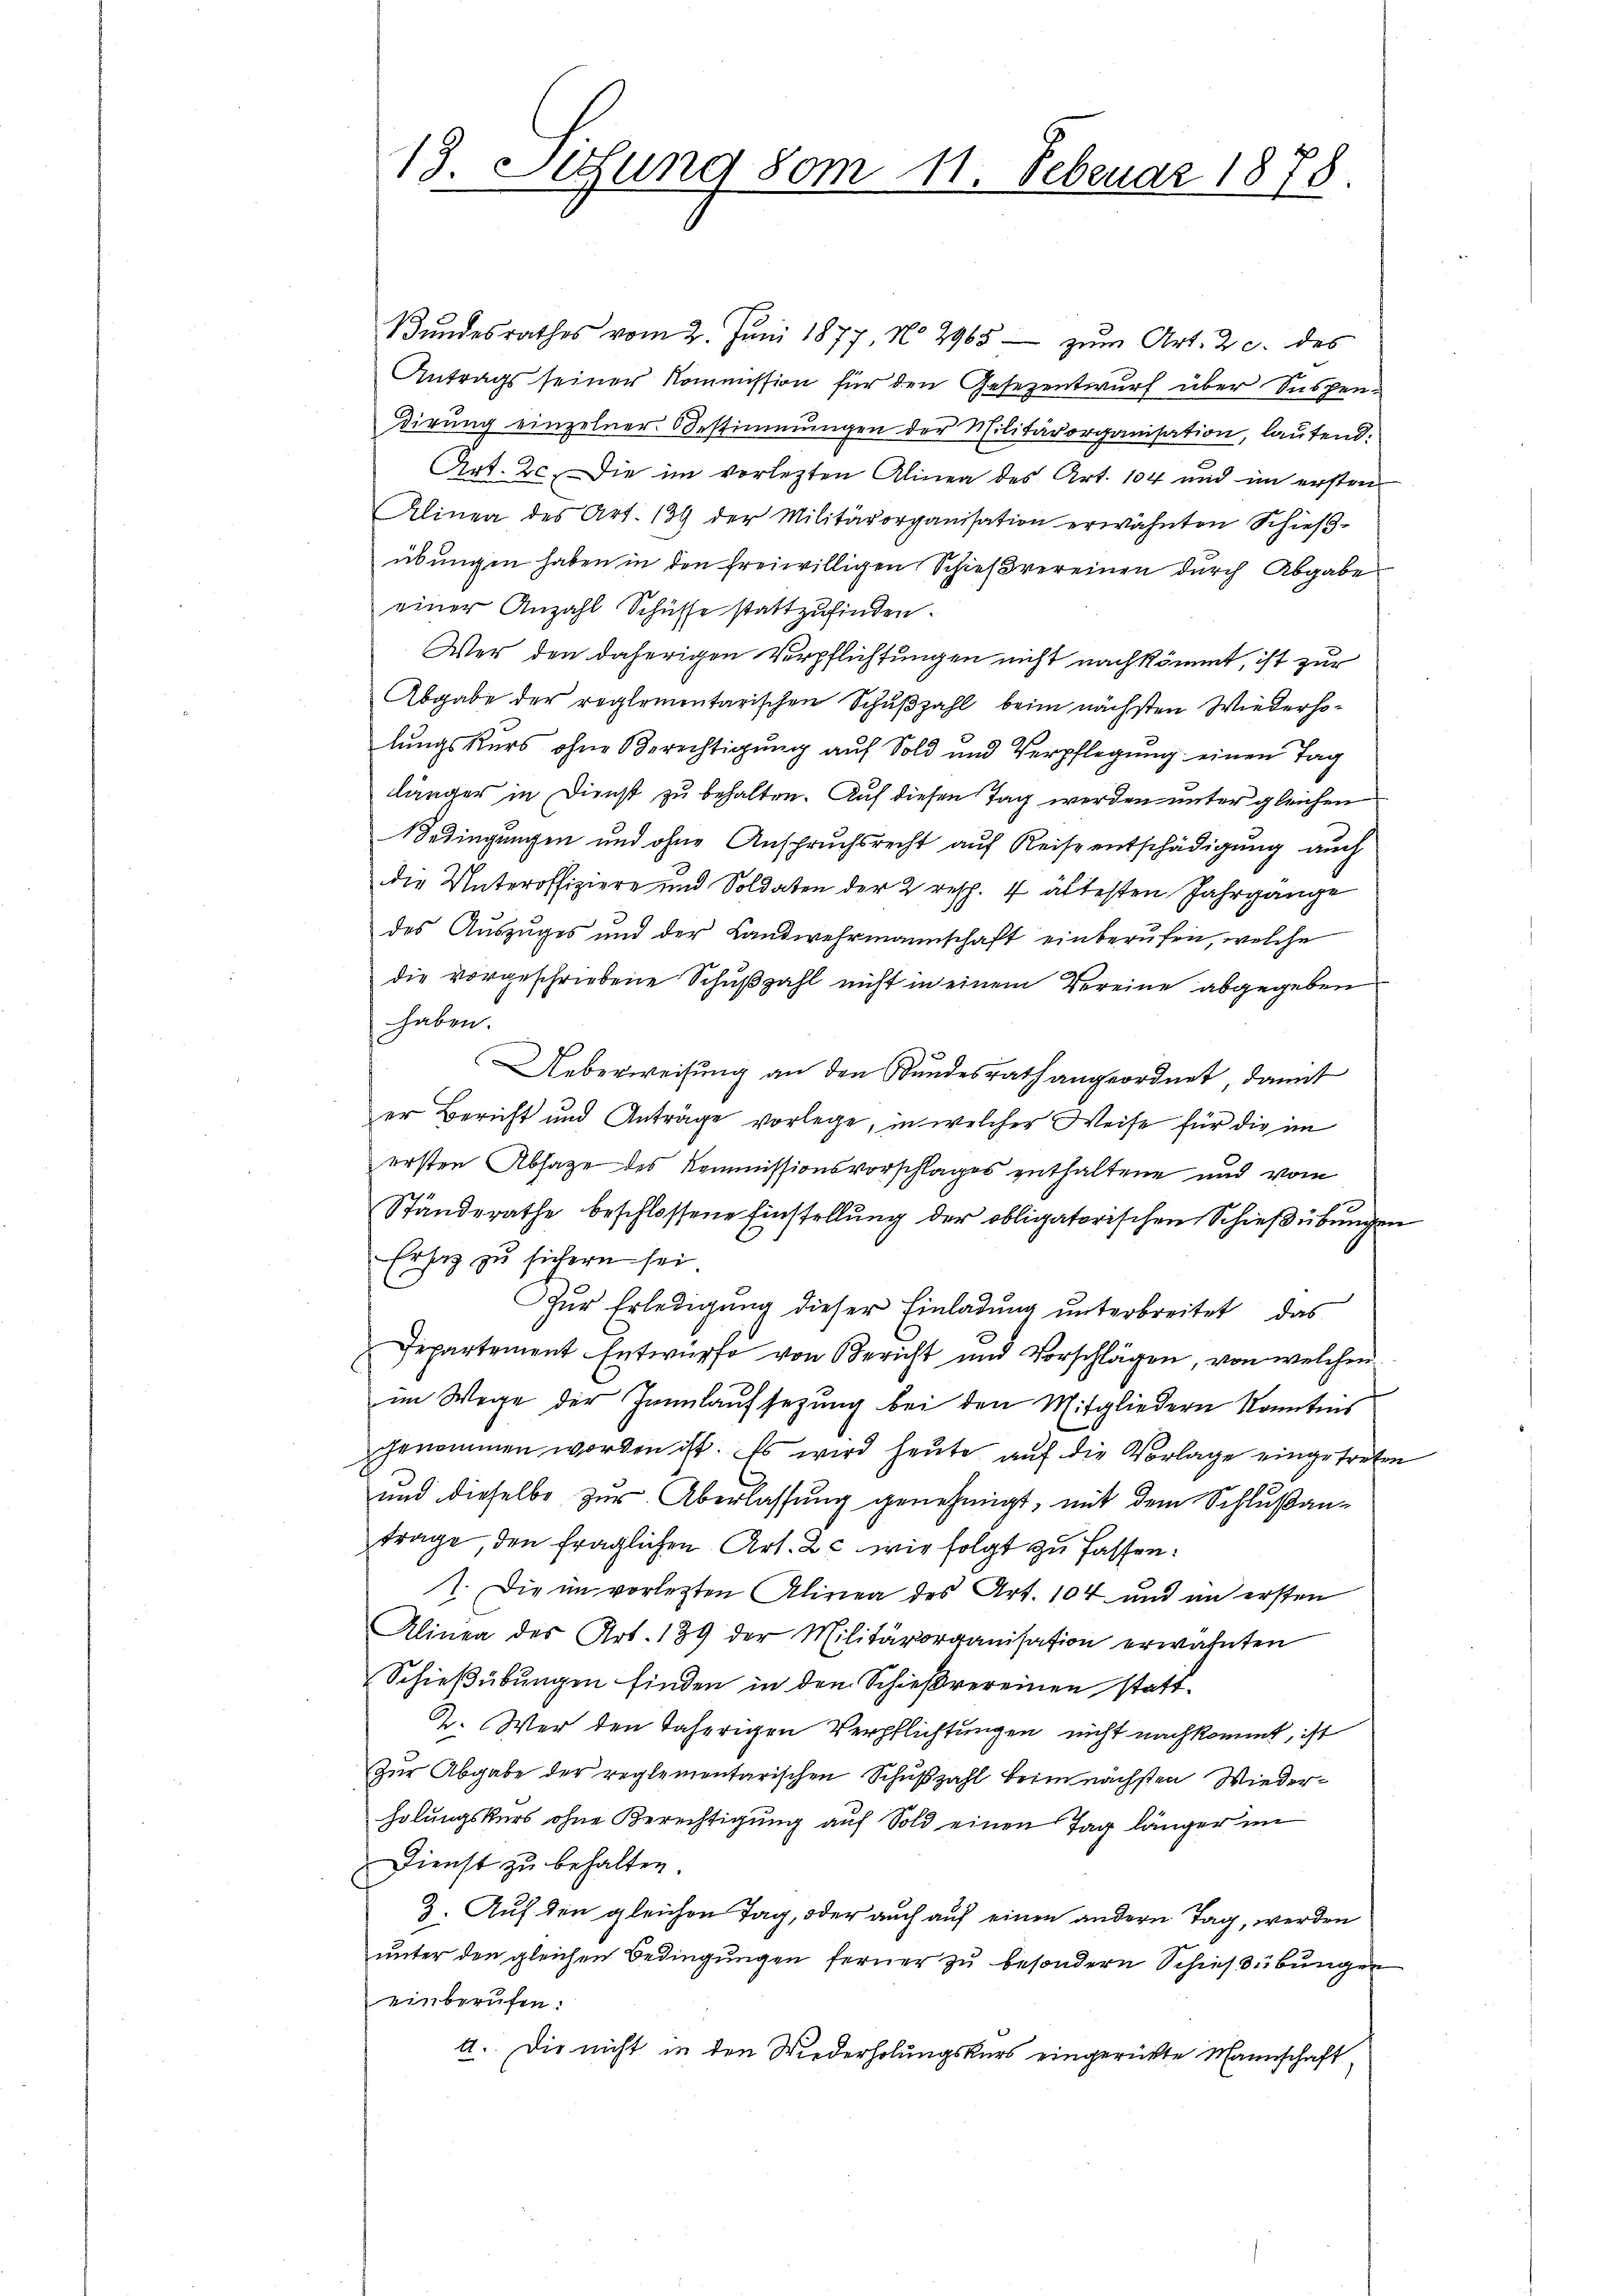
13. Sutung vom 11. Februar 1878.

Bŭndesrathes vom 2. Juni 1877, No 2965 - zŭm Art. 2 c. des
Antrags seiner Kommission für den Gesezentwurf über Suspendirung einzelner Bestimmungen der Militärorganisation, lautend:
Art. 2. Die im vorletzten Alinea des Art. 104 und im ersten
Alinea des Art. 139 der Militärorganisation erwähnten Schieβ-
übungen haben in den freiwilligen Schießvereinen durch Abgabe
einer Anzahl Schüsse stattzufinden.
Wer den daherigen Verpflichtungen nicht nachkömmt, ist zur
Abgabe der reglementarischen Schußzahl beim nächsten Wiederholungskurs ohne Berechtigung auf Sold und Verpflegung einen Tag
länger in Dienst zu behalten. Auf diesen Tag werden unter gleichen
Bedingungen und ohne Anspruchsrecht auf Reise entschädigung auch
die Unteroffiziere und Soldaten der 2 resp. 4 ältesten Jahrgange
des Auszuges und der Landwehrmannschaft einberufen, welche
die vorgeschriebene Schußzahl nicht in einem Vereine abgegeben
haben.
Ueberweisung an den Bundesrath angeordnet, damit
er Bericht und Anträge vorlege, in welcher Weise für die im
ersten Absage des Kommissionsvorschlages enthaltene und vom
Ständerathe beschlossene Einstellung der obligatorischen Schießübungen
Ersatz zu sichern sei
Zŭr Erledigung dieser Einladung unterbreitet, das
Departement Entwurfe von Bericht und Vorschlägen, von welchen
im Wege der Jannlaufsetzung bei den Mitgliedern konntens
ggenommen worden ist. Es wird heute auf die Vorlage eingetreten
und dieselbe zur Überlassung genehmigt, mit dem Schlußantrage, den fraglichen Art. 2 c wir folgt zu fassen.
1. Die in vorletzten Alinea des Art. 104 und an ersten
Alinea des Art. 139 der Militärorganisation erwähnten
Schießübungen finden in den Schießvereinen statt¬
2. Wer den daherigen Verpflichtungen nicht nachkommt, ist
Zur Abgabe der reglementarischen Schußzahl beim nächsten Wiederholungskurs ohne Berechtigung auf Sold einen Tag länger im
Dienst zu behalten.
3. Auf den gleichen Tag, oder auch auf einen andern Tag, werden
unter den gleichen Bedingungen ferner zu besondern Schießübungen
einberufen.
4. Die nicht in den Wiederholungskurs eingerückte Mannschaft